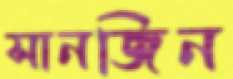
সানজিন